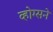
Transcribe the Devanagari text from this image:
व्होग्सने